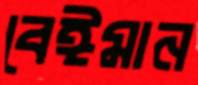
বেঈমান